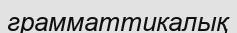
грамматтикалық